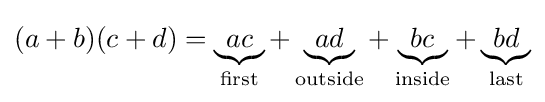
(a+b)(c+d)=\underbrace {ac} _{\text{first}}+\underbrace {ad} _{\text{outside}}+\underbrace {bc} _{\text{inside}}+\underbrace {bd} _{\text{last}}